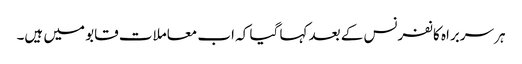
ہر سربراہ کانفرنس کے بعد کہا گیا کہ اب معاملات قابو میں ہیں۔